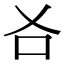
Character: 𠮣